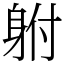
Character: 䠵